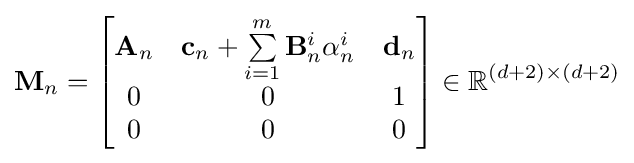
\mathbf {M} _{n}={\begin{bmatrix}\mathbf {A} _{n}&\mathbf {c} _{n}+\sum \limits _{i=1}^{m}\mathbf {B} _{n}^{i}\mathbf {\alpha } _{n}^{i}&\mathbf {d} _{n}\\0&0&1\\0&0&0\end{bmatrix}}\in \mathbb {R} ^{(d+2)\times (d+2)}